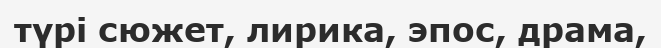
түрі сюжет, лирика, эпос, драма,